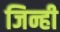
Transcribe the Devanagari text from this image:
जिन्ही